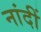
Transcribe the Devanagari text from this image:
नांदीं